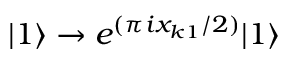
\vert 1 \rangle \rightarrow e ^ { ( \pi i x _ { k 1 } / 2 ) } \vert 1 \rangle